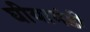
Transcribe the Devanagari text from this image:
घीयामंडी